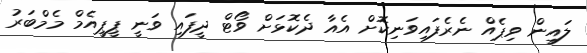
ލައިން ވިޕެއް ނެރެފައިވަނިކޮށް އެއާ ދެކޮޅަށް ވޯޓް ދީފައި ވަނީ ޕީޕީއެމް މެމްބަރު